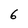
Character: 6